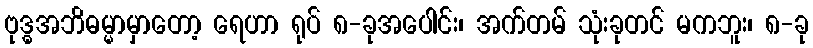
ဗုဒ္ဓအဘိဓမ္မာမှာတော့ ရေဟာ ရုပ် ၈-ခုအပေါင်း၊ အက်တမ် သုံးခုတင် မကဘူး၊ ၈-ခု